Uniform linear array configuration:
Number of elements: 32
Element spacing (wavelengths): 0.25
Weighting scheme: exponential
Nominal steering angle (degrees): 15
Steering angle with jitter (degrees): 13.392
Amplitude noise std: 0.05
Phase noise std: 0.05

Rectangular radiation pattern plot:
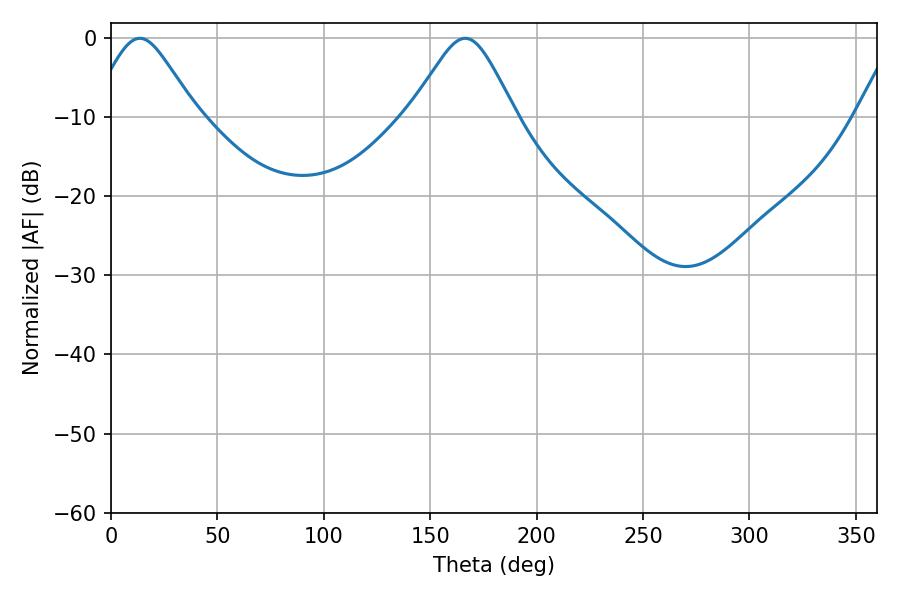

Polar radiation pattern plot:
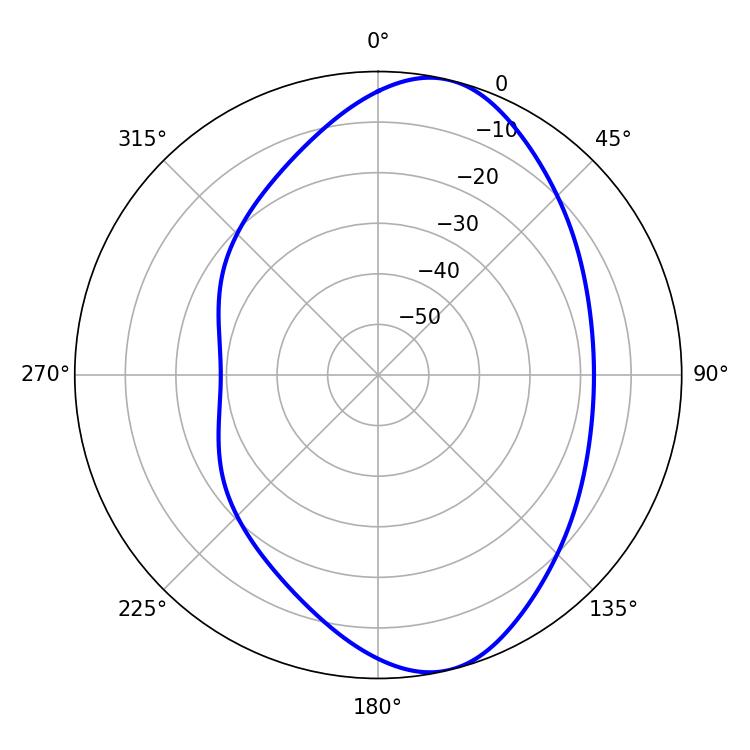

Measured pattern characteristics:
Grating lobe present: FALSE
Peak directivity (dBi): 8.65
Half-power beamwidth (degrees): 23.94
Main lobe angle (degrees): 13.5